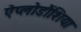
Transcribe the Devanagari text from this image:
ऐप्लोडौंशिया